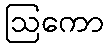
ဩကော